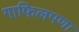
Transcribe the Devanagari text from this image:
गाफिलपणा